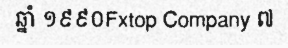
ឆ្នាំ ១៩៩០Fxtop Company ៧